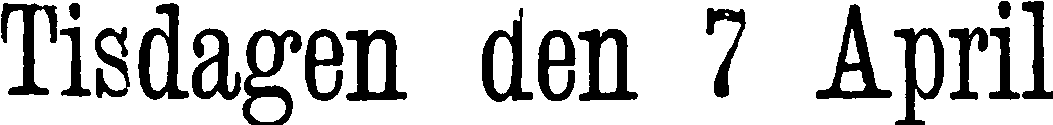
Tisdagen den 7 April